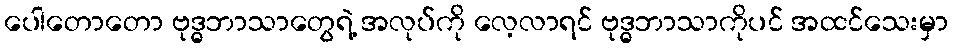
ပေါတောတော ဗုဒ္ဓဘာသာတွေရဲ့ အလုပ်ကို လေ့လာရင် ဗုဒ္ဓဘာသာကိုပင် အထင်သေးမှာ